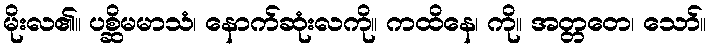
မိုးလ၏။ ပစ္ဆိမမာသံ၊ နောက်ဆုံးလကို။ ကထိနေ၊ ကို။ အတ္တတေ၊ သော်။